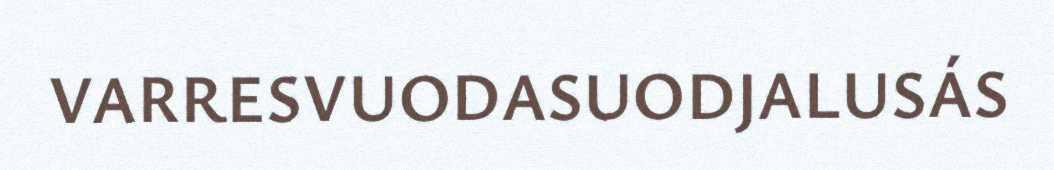
VARRESVUODASUODJALUSÁS